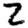
Digit: 2